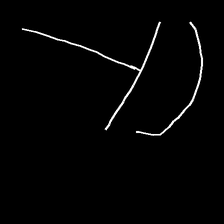
Glyph: dispersion